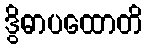
ဒွိဓာပထောတိ